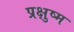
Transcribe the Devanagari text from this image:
प्रक्षुष्म